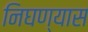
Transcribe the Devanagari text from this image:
निघण्यास